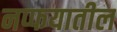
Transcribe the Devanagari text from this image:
नप्फयातील